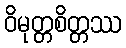
ဝိမုတ္တစိတ္တဿ